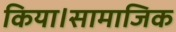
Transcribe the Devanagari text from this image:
किया।सामाजिक